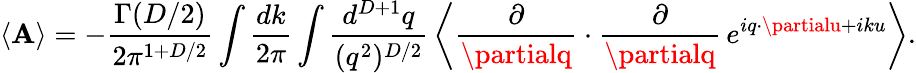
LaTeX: \langle{\cal\mathbf{A}}\rangle=-\frac{{\Gamma(D/2)}}{{2\pi^{1+D/2}}}\int\frac{{dk}}{{2\pi}}\int\frac{{d^{D+1}q}}{{(q^{2})^{D/2}}}\, \left\langle\frac{{\partial}}{{\partialq}}\cdot\frac{{\partial}}{{\partialq}}\, e^{iq\cdot\partialu+iku}\right\rangle.